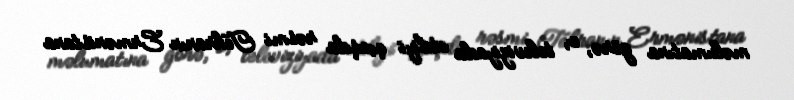
məlumatına görə, o, televiziyada etdiyi çıxışda rəsmi Tehranın Ermənistana